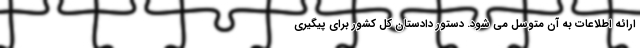
ارائه اطلاعات به آن متوسل می شود. دستور دادستان کل کشور ‌‌برای پیگیری